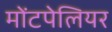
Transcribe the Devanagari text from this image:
मोंटपेलियर